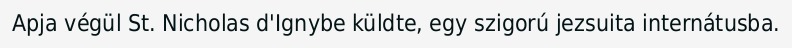
Apja végül St. Nicholas d'Ignybe küldte, egy szigorú jezsuita internátusba.